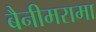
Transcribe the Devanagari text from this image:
बैनीमरामा